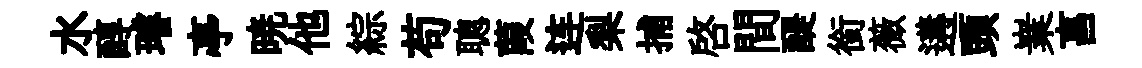
水醇璿亭暁他綜苟聰葭连梨捕啓間醍銜薇遘頭嶪亯